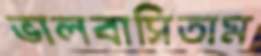
ভালবাসিতাম